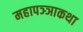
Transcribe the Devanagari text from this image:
महापञ्ञाकथा